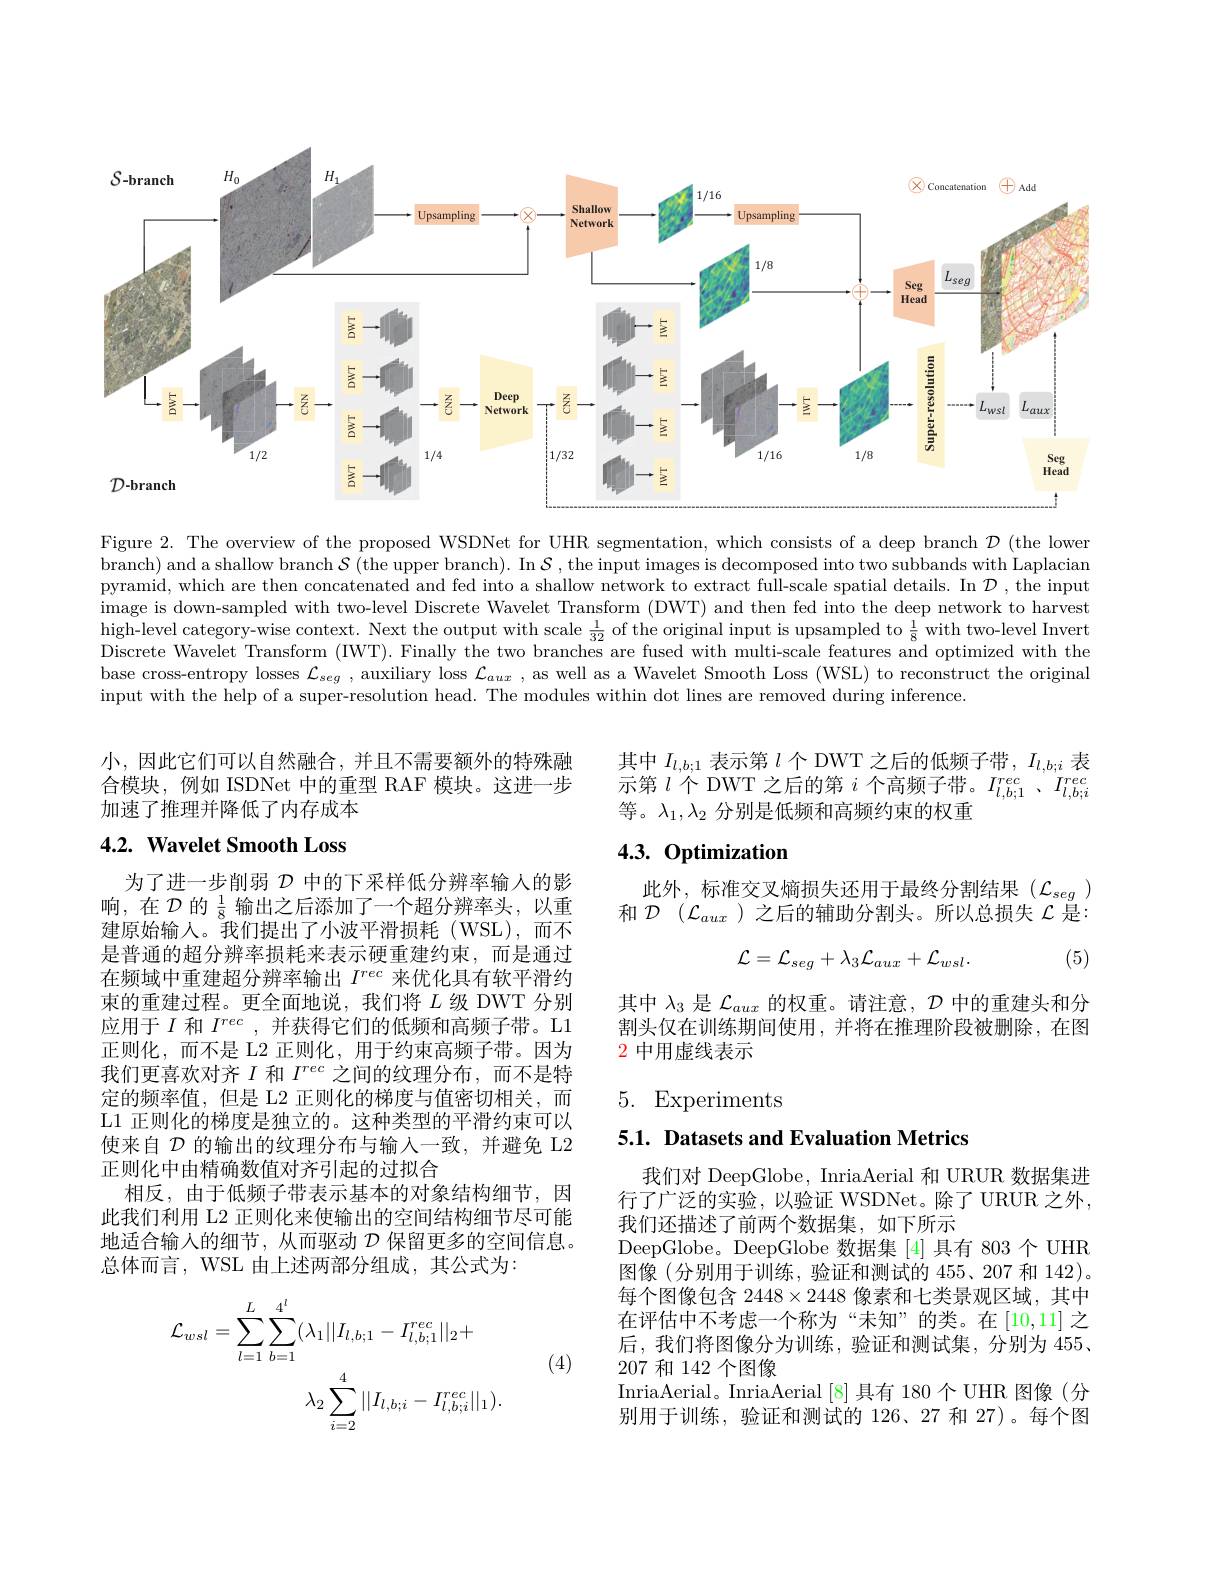
<FigureHere>

Figure 2. The overview of the proposed WSDNet for UHR segmentation, which consists of a deep branch $\mathcal{D}$ (the lower branch) and a shallow branch $\mathcal{S}$ (the upper branch). In $\mathcal{S}$, the input images is decomposed into two subbands with Laplacian pyramid, which are then concatenated and fed into a shallow network to extract full-scale spatial details. In $\mathcal{D}$ ,the input image is down-sampled with two-level Discrete Wavelet Transform (DWT) and then fed into the deep network to harvest high-level category-wise context. Next the output with scale $\frac1{32}$ of the original input is upsampled to $\frac18$ with two-level Invert Discrete Wavelet Transform (IWT). Finally the two branches are fused with multi-scale features and optimized with the base cross-entropy losses $\mathcal{L}_seg$ , auxiliary loss $\mathcal{L}_aux$ ,as well as a Wavelet Smooth Loss (WSL) to reconstruct the original input with the help of a super-resolution head. The modules within dot lines are removed during inference.

小，因此它们可以自然融合，并且不需要额外的特殊融合模块，例如 ISDNet 中的重型 RAF 模块。这进一步加速了推理并降低了内存成本

# 4.2. Wavelet Smooth Loss

为了进一步削弱$\mathcal{D}$中的下采样低分辨率输人的影响，在$\mathcal{D}$的$\frac18$输出之后添加了一个超分辨率头，以重建原始输入。我们提出了小波平滑损耗(WSL),而不是普通的超分辨率损耗来表示硬重建约束，而是通过在频域中重建超分辨率输出$I^{rec}$来优化具有软平滑约束的重建过程。更全面地说，我们将$L$级 DWT 分别应用于$I$和$I^{rec}$,并获得它们的低频和高频子带。L1正则化，而不是 L2 正则化，用于约束高频子带。因为我们更喜欢对齐$I$和$I^rec$之间的纹理分布，而不是特定的频率值，但是 L2 正则化的梯度与值密切相关，而L1 正则化的梯度是独立的。这种类型的平滑约束可以使来自$\mathcal{D}$的输出的纹理分布与输入一致，并避免 L2正则化中由精确数值对齐引起的过拟合
相反，由于低频子带表示基本的对象结构细节，因此我们利用 L2 正则化来使输出的空间结构细节尽可能地适合输入的细节，从而驱动$\mathcal{D}$保留更多的空间信息。总体而言，WSL 由上述两部分组成，其公式为：
$$\mathcal{L}_{wsl}=\sum_{l=1}^{L}\sum_{b=1}^{4^{l}}(\lambda_{1}||I_{l,b;1}-I_{l,b;1}^{rec}||_{2}+\\\lambda_{2}\sum_{i=2}^{4}||I_{l,b;i}-I_{l,b;i}^{rec}||_{1}).$$
(4)

$\begin{array}{l}{\text{其中 }I_{l,b;1}\text{ 表示第 }l\text{ 个 DWT 之后的低频子带 },I_{l,b;i}\text{ 表}}\\{\text{示第 }l\text{ 个 DWT 之后的第 }i\text{ 个高频子带。}I_{l,b;1}^{rec}\text{ 、}I_{l,b;i}^{rec}}\end{array}$
等。$\lambda_1,\lambda_2$分别是低频和高频约束的权重

# $4. 3. \textbf{ Optimization}$

此外，标准交叉熵损失还用于最终分割结果($\mathcal{L}_{seg}$) 和$\mathcal{D}$ $( \mathcal{L} _{aux}$ )之后的辅助分割头。所以总损失$\mathcal{L}$是：
$$\mathcal{L}=\mathcal{L}_{seg}+\lambda_{3}\mathcal{L}_{aux}+\mathcal{L}_{wsl}.$$
(5)

其中$\lambda_{3}$是$\mathcal{L}_aux$的权重。请注意，$\mathcal{D}$中的重建头和分割头仅在训练期间使用，并将在推理阶段被删除，在图2 中用虚线表示

# 5. Experiments

5.1. Datasets and Evaluation Metrics

我们对 DeepGlobe, InriaAerial 和 URUR 数据集进行了广泛的实验，以验证 WSDNet。除了 URUR 之外， 我们还描述了前两个数据集，如下所示
DeepGlobe。DeepGlobe 数据集 [4] 具有 803 个 UHR 图像(分别用于训练，验证和测试的 455、207 和 142)。每个图像包含$2448\times2448$像素和七类景观区域，其中在评估中不考虑一个称为“未知”的类。在[10,11]之后，我们将图像分为训练，验证和测试集，分别为 455、 207和 142 个图像
InriaAerial。InriaAerial [8]具有 180个 UHR 图像(分别用于训练，验证和测试的 126、27 和 27)。每个图